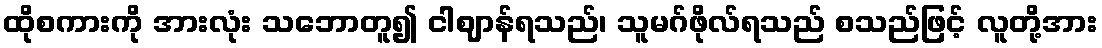
ထိုစကားကို အားလုံး သဘောတူ၍ ငါဈာန်ရသည်၊ သူမဂ်ဖိုလ်ရသည် စသည်ဖြင့် လူတို့အား